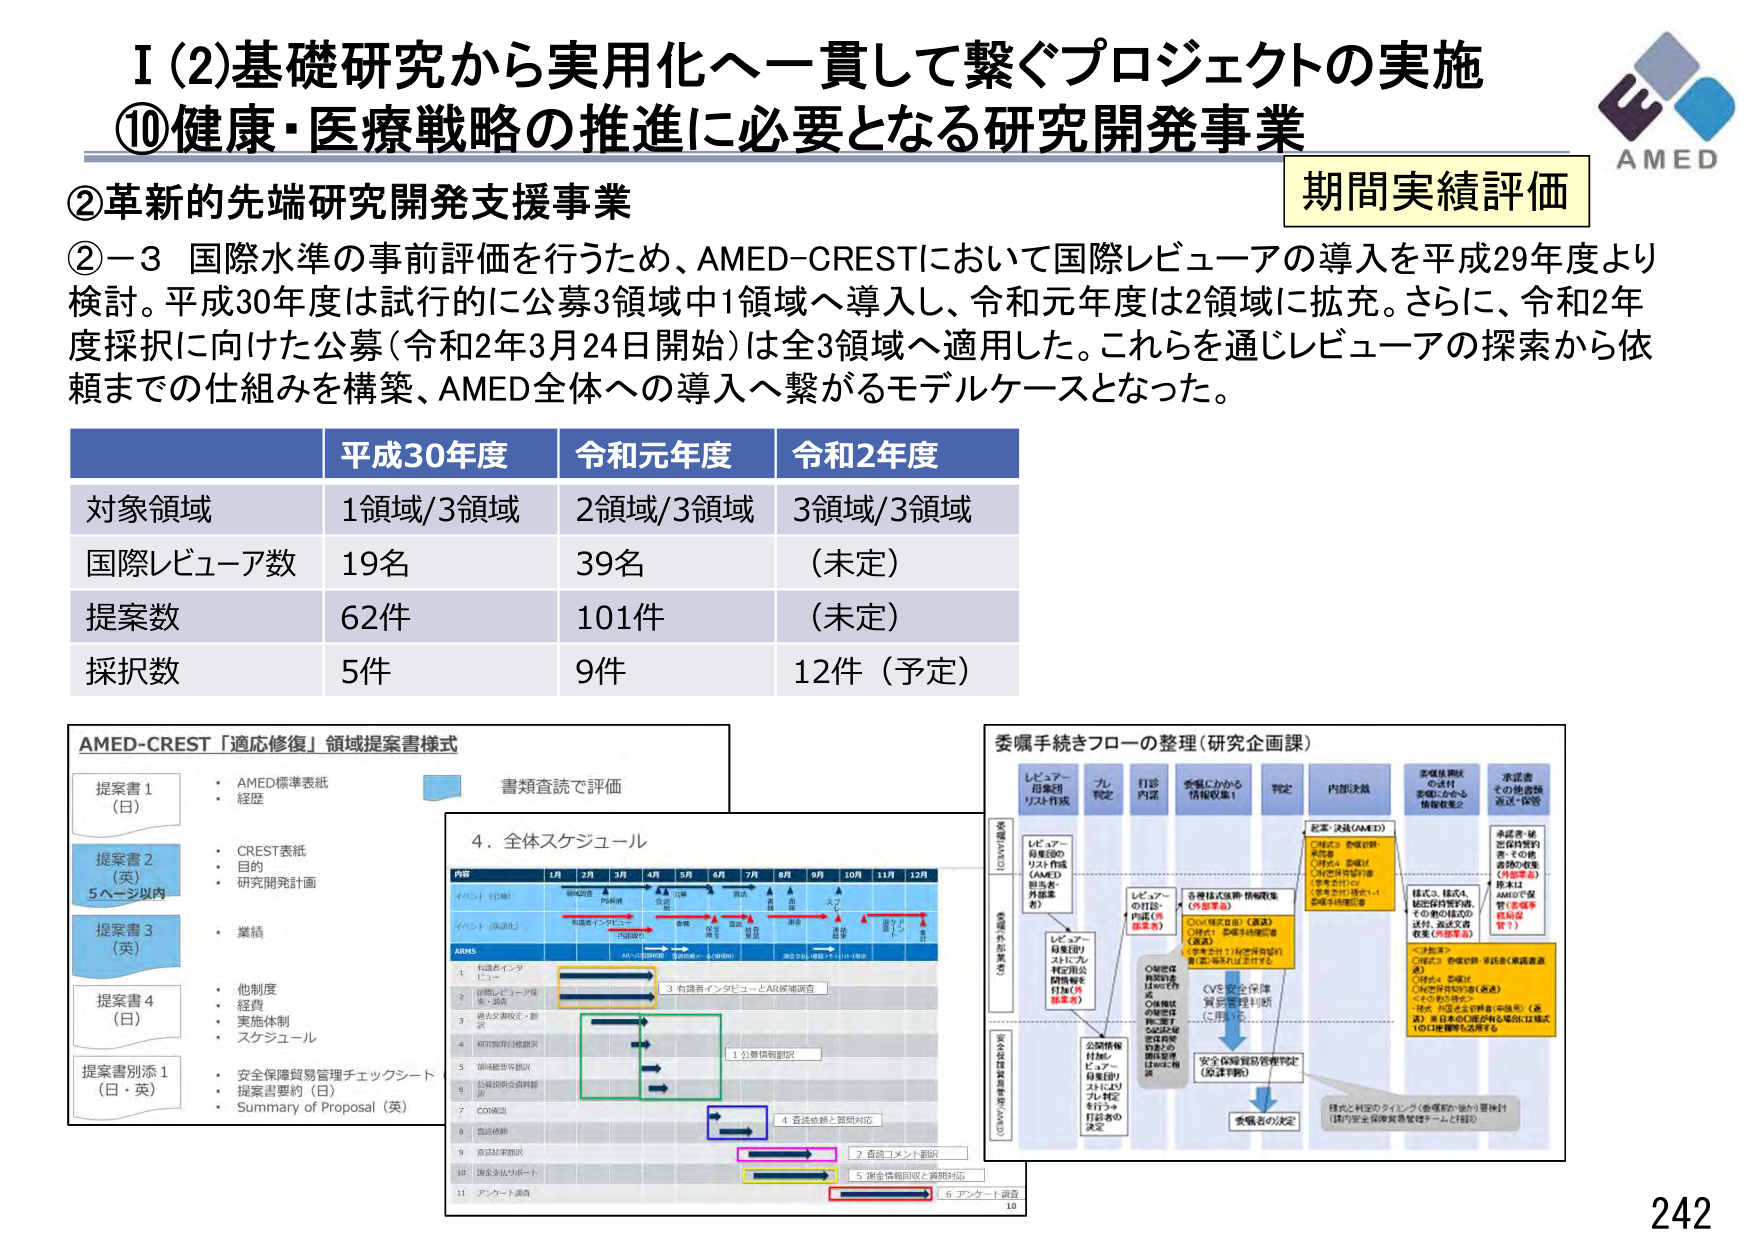
I (2)基礎研究から実用化へ一貫して繋ぐプロジェクトの実施
⑩健康・医療戦略の推進に必要となる研究開発事業

②革新的先端研究開発支援事業
②－3 国際水準の事前評価を行うため、AMED-CRESTにおいて国際レビューアの導入を平成29年度より検討。平成30年度は試行的に公募3領域中1領域へ導入し、令和元年度は2領域に拡充。さらに、令和2年度採択に向けた公募（令和2年3月24日開始）は全3領域へ適用した。これらを通じレビューアの探索から依頼までの仕組みを構築、AMED全体への導入へ繋がるモデルケースとなった。

期間実績評価

平成30年度　令和元年度　令和2年度
対象領域　1領域/3領域　2領域/3領域　3領域/3領域
国際レビューア数　19名　39名　（未定）
提案数　62件　101件　（未定）
採択数　5件　9件　12件（予定）

AMED-CREST「適応修復」領域提案書構成
提案書1（日）
・AMED標準表紙
・経歴
提案書2（英）5ページ以内
・CREST表紙
・目的
・研究開発計画
提案書3（英）
・業績
提案書4（日）
・他制度
・経費
・実施体制
・スケジュール
提案書別添1（日・英）
・安全保障貿易管理チェックシート
・提案書要約（日）
・Summary of Proposal（英）

書類査読で評価

4. 全体スケジュール
内容　1月　2月　3月　4月　5月　6月　7月　8月　9月　10月　11月　12月
イベント（公募）　公募開始　公募終了
イベント（採択）　採択通知　採択発表
ARMS
1. 申請者インタビュー
2. 国際レビューア評価・採択
3. 過去文献検索・翻訳
4. ARMS審査会議開催
5. 補足情報等確認
6. 公開説明会資料確認
7. CO確認
8. 資料送付
9. 資料送付確認
10. 調査委員会リポート
11. アンケート調査
3. 有識者インタビューとARMS審査会
1. 公募情報掲載
4. 各種依頼と質問対応
2. 資格コメント確認
5. 補足情報回収と説明対応
6. アンケート調査

委嘱手続きフローの整理（研究企画課）
レビューア母集団リスト作成　ルール設定　打診内容　委嘱にかかる情報収集1　判定　内部決裁　委嘱依頼状の送付　委嘱にかかる情報収集2　承認書その他書類返送・保管
レビューア母集団のリスト作成（AMED・外部案）　レビューアの打診・内訳（外部案）　各種様式依頼・情報収集（外部案）　記載・決裁（AMED）　様式・様式A　委嘱依頼書作成、その他様式の送付、返送文書収集（外部案）　承認書・単価依頼書の返送・その他書類の収集（外部案）　AMEDで保管（承認書・委嘱依頼書）
レビューア母集団リストに掲載の可能性を付加（外部案）　〇確認済　〇様式A　〇様式B　〇様式C　〇様式D　〇様式E　〇様式F　〇様式G　〇様式H　〇様式I　〇様式J　〇様式K　〇様式L　〇様式M　〇様式N　〇様式O　〇様式P　〇様式Q　〇様式R　〇様式S　〇様式T　〇様式U　〇様式V　〇様式W　〇様式X　〇様式Y　〇様式Z　〇様式AA　〇様式AB　〇様式AC　〇様式AD　〇様式AE　〇様式AF　〇様式AG　〇様式AH　〇様式AI　〇様式AJ　〇様式AK　〇様式AL　〇様式AM　〇様式AN　〇様式AO　〇様式AP　〇様式AQ　〇様式AR　〇様式AS　〇様式AT　〇様式AU　〇様式AV　〇様式AW　〇様式AX　〇様式AY　〇様式AZ　〇様式BA　〇様式BB　〇様式BC　〇様式BD　〇様式BE　〇様式BF　〇様式BG　〇様式BH　〇様式BI　〇様式BJ　〇様式BK　〇様式BL　〇様式BM　〇様式BN　〇様式BO　〇様式BP　〇様式BQ　〇様式BR　〇様式BS　〇様式BT　〇様式BU　〇様式BV　〇様式BW　〇様式BX　〇様式BY　〇様式BZ　〇様式CA　〇様式CB　〇様式CC　〇様式CD　〇様式CE　〇様式CF　〇様式CG　〇様式CH　〇様式CI　〇様式CJ　〇様式CK　〇様式CL　〇様式CM　〇様式CN　〇様式CO　〇様式CP　〇様式CQ　〇様式CR　〇様式CS　〇様式CT　〇様式CU　〇様式CV　〇様式CW　〇様式CX　〇様式CY　〇様式CZ　〇様式DA　〇様式DB　〇様式DC　〇様式DD　〇様式DE　〇様式DF　〇様式DG　〇様式DH　〇様式DI　〇様式DJ　〇様式DK　〇様式DL　〇様式DM　〇様式DN　〇様式DO　〇様式DP　〇様式DQ　〇様式DR　〇様式DS　〇様式DT　〇様式DU　〇様式DV　〇様式DW　〇様式DX　〇様式DY　〇様式DZ　〇様式EA　〇様式EB　〇様式EC　〇様式ED　〇様式EE　〇様式EF　〇様式EG　〇様式EH　〇様式EI　〇様式EJ　〇様式EK　〇様式EL　〇様式EM　〇様式EN　〇様式EO　〇様式EP　〇様式EQ　〇様式ER　〇様式ES　〇様式ET　〇様式EU　〇様式EV　〇様式EW　〇様式EX　〇様式EY　〇様式EZ　〇様式FA　〇様式FB　〇様式FC　〇様式FD　〇様式FE　〇様式FF　〇様式FG　〇様式FH　〇様式FI　〇様式FJ　〇様式FK　〇様式FL　〇様式FM　〇様式FN　〇様式FO　〇様式FP　〇様式FQ　〇様式FR　〇様式FS　〇様式FT　〇様式FU　〇様式FV　〇様式FW　〇様式FX　〇様式FY　〇様式FZ　〇様式GA　〇様式GB　〇様式GC　〇様式GD　〇様式GE　〇様式GF　〇様式GG　〇様式GH　〇様式GI　〇様式GJ　〇様式GK　〇様式GL　〇様式GM　〇様式GN　〇様式GO　〇様式GP　〇様式GQ　〇様式GR　〇様式GS　〇様式GT　〇様式GU　〇様式GV　〇様式GW　〇様式GX　〇様式GY　〇様式GZ　〇様式HA　〇様式HB　〇様式HC　〇様式HD　〇様式HE　〇様式HF　〇様式HG　〇様式HH　〇様式HI　〇様式HJ　〇様式HK　〇様式HL　〇様式HM　〇様式HN　〇様式HO　〇様式HP　〇様式HQ　〇様式HR　〇様式HS　〇様式HT　〇様式HU　〇様式HV　〇様式HW　〇様式HX　〇様式HY　〇様式HZ　〇様式IA　〇様式IB　〇様式IC　〇様式ID　〇様式IE　〇様式IF　〇様式IG　〇様式IH　〇様式II　〇様式IJ　〇様式IK　〇様式IL　〇様式IM　〇様式IN　〇様式IO　〇様式IP　〇様式IQ　〇様式IR　〇様式IS　〇様式IT　〇様式IU　〇様式IV　〇様式IW　〇様式IX　〇様式IY　〇様式IZ　〇様式JA　〇様式JB　〇様式JC　〇様式JD　〇様式JE　〇様式JF　〇様式JG　〇様式JH　〇様式JI　〇様式JJ　〇様式JK　〇様式JL　〇様式JM　〇様式JN　〇様式JO　〇様式JP　〇様式JQ　〇様式JR　〇様式JS　〇様式JT　〇様式JU　〇様式JV　〇様式JW　〇様式JX　〇様式JY　〇様式JZ　〇様式KA　〇様式KB　〇様式KC　〇様式KD　〇様式KE　〇様式KF　〇様式KG　〇様式KH　〇様式KI　〇様式KJ　〇様式KK　〇様式KL　〇様式KM　〇様式KN　〇様式KO　〇様式KP　〇様式KQ　〇様式KR　〇様式KS　〇様式KT　〇様式KU　〇様式KV　〇様式KW　〇様式KX　〇様式KY　〇様式KZ　〇様式LA　〇様式LB　〇様式LC　〇様式LD　〇様式LE　〇様式LF　〇様式LG　〇様式LH　〇様式LI　〇様式LJ　〇様式LK　〇様式LL　〇様式LM　〇様式LN　〇様式LO　〇様式LP　〇様式LQ　〇様式LR　〇様式LS　〇様式LT　〇様式LU　〇様式LV　〇様式LW　〇様式LX　〇様式LY　〇様式LZ　〇様式MA　〇様式MB　〇様式MC　〇様式MD　〇様式ME　〇様式MF　〇様式MG　〇様式MH　〇様式MI　〇様式MJ　〇様式MK　〇様式ML　〇様式MM　〇様式MN　〇様式MO　〇様式MP　〇様式MQ　〇様式MR　〇様式MS　〇様式MT　〇様式MU　〇様式MV　〇様式MW　〇様式MX　〇様式MY　〇様式MZ　〇様式NA　〇様式NB　〇様式NC　〇様式ND　〇様式NE　〇様式NF　〇様式NG　〇様式NH　〇様式NI　〇様式NJ　〇様式NK　〇様式NL　〇様式NM　〇様式NN　〇様式NO　〇様式NP　〇様式NQ　〇様式NR　〇様式NS　〇様式NT　〇様式NU　〇様式NV　〇様式NW　〇様式NX　〇様式NY　〇様式NZ　〇様式OA　〇様式OB　〇様式OC　〇様式OD　〇様式OE　〇様式OF　〇様式OG　〇様式OH　〇様式OI　〇様式OJ　〇様式OK　〇様式OL　〇様式OM　〇様式ON　〇様式OO　〇様式OP　〇様式OQ　〇様式OR　〇様式OS　〇様式OT　〇様式OU　〇様式OV　〇様式OW　〇様式OX　〇様式OY　〇様式OZ　〇様式PA　〇様式PB　〇様式PC　〇様式PD　〇様式PE　〇様式PF　〇様式PG　〇様式PH　〇様式PI　〇様式PJ　〇様式PK　〇様式PL　〇様式PM　〇様式PN　〇様式PO　〇様式PP　〇様式PQ　〇様式PR　〇様式PS　〇様式PT　〇様式PU　〇様式PV　〇様式PW　〇様式PX　〇様式PY　〇様式PZ　〇様式QA　〇様式QB　〇様式QC　〇様式QD　〇様式QE　〇様式QF　〇様式QG　〇様式QH　〇様式QI　〇様式QJ　〇様式QK　〇様式QL　〇様式QM　〇様式QN　〇様式QO　〇様式QP　〇様式QQ　〇様式QR　〇様式QS　〇様式QT　〇様式QU　〇様式QV　〇様式QW　〇様式QX　〇様式QY　〇様式QZ　〇様式RA　〇様式RB　〇様式RC　〇様式RD　〇様式RE　〇様式RF　〇様式RG　〇様式RH　〇様式RI　〇様式RJ　〇様式RK　〇様式RL　〇様式RM　〇様式RN　〇様式RO　〇様式RP　〇様式RQ　〇様式RR　〇様式RS　〇様式RT　〇様式RU　〇様式RV　〇様式RW　〇様式RX　〇様式RY　〇様式RZ　〇様式SA　〇様式SB　〇様式SC　〇様式SD　〇様式SE　〇様式SF　〇様式SG　〇様式SH　〇様式SI　〇様式SJ　〇様式SK　〇様式SL　〇様式SM　〇様式SN　〇様式SO　〇様式SP　〇様式SQ　〇様式SR　〇様式SS　〇様式ST　〇様式SU　〇様式SV　〇様式SW　〇様式SX　〇様式SY　〇様式SZ　〇様式TA　〇様式TB　〇様式TC　〇様式TD　〇様式TE　〇様式TF　〇様式TG　〇様式TH　〇様式TI　〇様式TJ　〇様式TK　〇様式TL　〇様式TM　〇様式TN　〇様式TO　〇様式TP　〇様式TQ　〇様式TR　〇様式TS　〇様式TT　〇様式TU　〇様式TV　〇様式TW　〇様式TX　〇様式TY　〇様式TZ　〇様式UA　〇様式UB　〇様式UC　〇様式UD　〇様式UE　〇様式UF　〇様式UG　〇様式UH　〇様式UI　〇様式UJ　〇様式UK　〇様式UL　〇様式UM　〇様式UN　〇様式UO　〇様式UP　〇様式UQ　〇様式UR　〇様式US　〇様式UT　〇様式UU　〇様式UV　〇様式UW　〇様式UX　〇様式UY　〇様式UZ　〇様式VA　〇様式VB　〇様式VC　〇様式VD　〇様式VE　〇様式VF　〇様式VG　〇様式VH　〇様式VI　〇様式VJ　〇様式VK　〇様式VL　〇様式VM　〇様式VN　〇様式VO　〇様式VP　〇様式VQ　〇様式VR　〇様式VS　〇様式VT　〇様式VU　〇様式VV　〇様式VW　〇様式VX　〇様式VY　〇様式VZ　〇様式WA　〇様式WB　〇様式WC　〇様式WD　〇様式WE　〇様式WF　〇様式WG　〇様式WH　〇様式WI　〇様式WJ　〇様式WK　〇様式WL　〇様式WM　〇様式WN　〇様式WO　〇様式WP　〇様式WQ　〇様式WR　〇様式WS　〇様式WT　〇様式WU　〇様式WV　〇様式WW　〇様式WX　〇様式WY　〇様式WZ　〇様式XA　〇様式XB　〇様式XC　〇様式XD　〇様式XE　〇様式XF　〇様式XG　〇様式XH　〇様式XI　〇様式XJ　〇様式XK　〇様式XL　〇様式XM　〇様式XN　〇様式XO　〇様式XP　〇様式XQ　〇様式XR　〇様式XS　〇様式XT　〇様式XU　〇様式XV　〇様式XW　〇様式XX　〇様式XY　〇様式XZ　〇様式YA　〇様式YB　〇様式YC　〇様式YD　〇様式YE　〇様式YF　〇様式YG　〇様式YH　〇様式YI　〇様式YJ　〇様式YK　〇様式YL　〇様式YM　〇様式YN　〇様式YO　〇様式YP　〇様式YQ　〇様式YR　〇様式YS　〇様式YT　〇様式YU　〇様式YV　〇様式YW　〇様式YX　〇様式YY　〇様式YZ　〇様式ZA　〇様式ZB　〇様式ZC　〇様式ZD　〇様式ZE　〇様式ZF　〇様式ZG　〇様式ZH　〇様式ZI　〇様式ZJ　〇様式ZK　〇様式ZL　〇様式ZM　〇様式ZN　〇様式ZO　〇様式ZP　〇様式ZQ　〇様式ZR　〇様式ZS　〇様式ZT　〇様式ZU　〇様式ZV　〇様式ZW　〇様式ZX　〇様式ZY　〇様式ZZ
CVS安全保険貿易管理判断（公募）
安全保険貿易管理判定（原課判断）
委嘱者の決定
様式と村中のタイミング（委嘱前・後）要検討（国内安全保障貿易管理チーム、IT部）

AMED
242